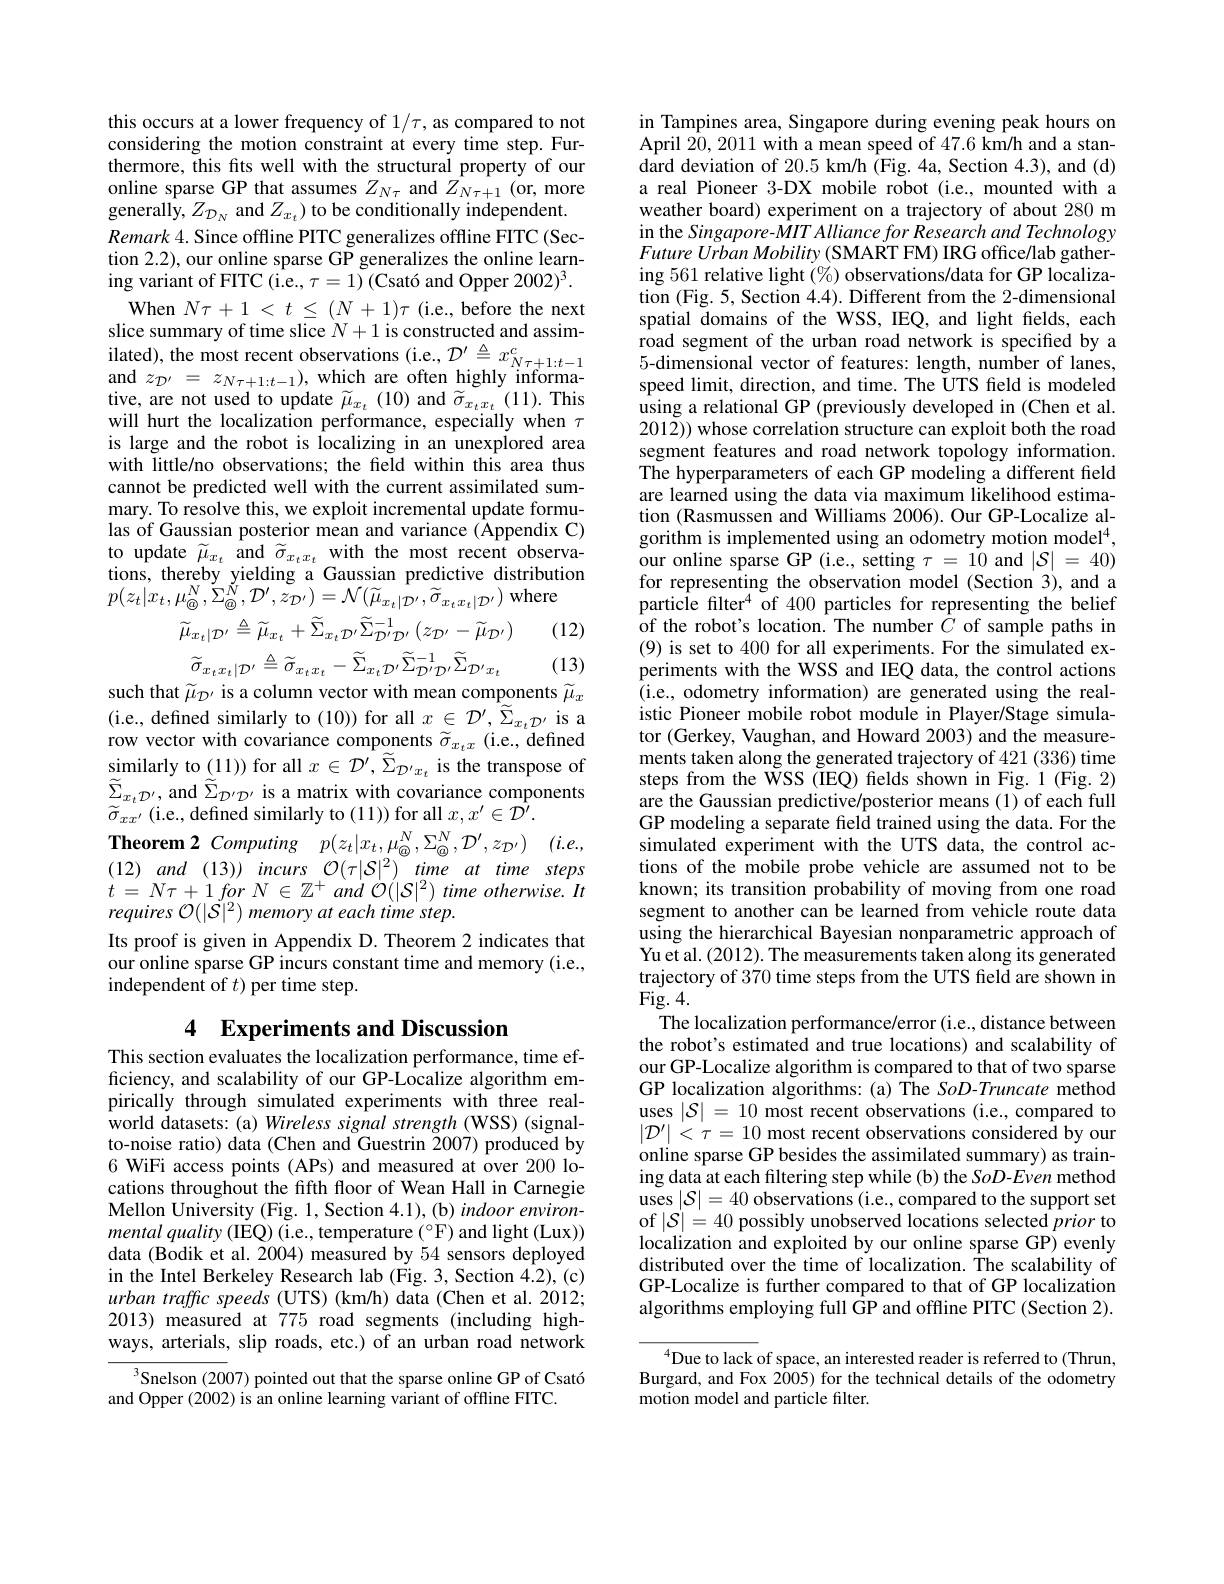
this occurs at a lower frequency of $1/\tau$, as compared to not considering the motion constraint at every time step. Furthermore, this fts well with the structural property of our online sparse GP that assumes $Z_{N\tau}$ and $Z_{N\tau+1}$ (or, more generally, $Z_{\mathcal{D}_N}$ and $Z_x_t)$ to be conditionally independent. $Remark~4.~$Since offline PITC generalizes offline FITC (Section 2.2), our online sparse GP generalizes the online learning variant of FITC (i.e., $\tau=1)(\text{Csat\'{o}andOpper2002)}^3.$
When $N\tau+1<t\leq(N+1)\tau$ (i.e., before the next slice summary of time slice $N+ 1$ is constructed and assim- ilated) , the most recent observations ( i. e. , $\mathcal{D} ^{\prime }\triangleq x_{N\tau + 1: t- 1}^{c}$ and $z_{{\mathcal{D} ^{\prime }}}= z_{N\tau + 1: t- 1}) $, which are often highly informative, are not used to update $\widetilde\mu_{x_{t}}(10)$ and $\widetilde\sigma_{x_{t}x_{t}}(11).$ This will hurt the localization performance, especially when $\tau$ is large and the robot is localizing in an unexplored area with little/no observations; the field within this area thus cannot be predicted well with the current assimilated summary. To resolve this, we exploit incremental update formulas of Gaussian posterior mean and variance (Appendix C) to update $\widetilde{\mu}_{x_{t}}$ and $\widetilde{\sigma}_{x_{t}x_{t}}$ with the most recent observations, thereby yielding a Gaussian predictive distribution
where
$$p(z_{t}|x_{t},\mu_{@}^{N},\Sigma_{@}^{N},D^{\prime},z_{D^{\prime}})=\mathcal{N}(\widetilde{\mu}_{x_{t}|\mathcal{D}^{\prime}},\widetilde{\sigma}_{x_{t}x_{t}|\mathcal{D}^{\prime}})$$
$$\widetilde{\mu}_{x_{t}|\mathcal{D}^{\prime}}\triangleq\widetilde{\mu}_{x_{t}}+\widetilde{\Sigma}_{x_{t}\mathcal{D}^{\prime}}\widetilde{\Sigma}_{\mathcal{D}^{\prime}\mathcal{D}^{\prime}}^{-1}\:(z_{\mathcal{D}^{\prime}}-\widetilde{\mu}_{\mathcal{D}^{\prime}})$$
(12)

(13)
$$\widetilde{\sigma}_{x_{t}x_{t}|\mathcal{D}'}\triangleq\widetilde{\sigma}_{x_{t}x_{t}}-\widetilde{\Sigma}_{x_{t}\mathcal{D}'}\widetilde{\Sigma}_{\mathcal{D}'\mathcal{D}'}^{-1}\widetilde{\Sigma}_{\mathcal{D}'x_{t}}$$
such that $\widetilde{\mu}_{\mathcal{D}^{\prime}}$ is a column vector with mean components $\widetilde{\mu}_x$ (i.e., defined similarly to (10)) for all $x\in\mathcal{D}^\prime,\widetilde{\Sigma}_{x_t\mathcal{D}^{\prime}}$ is a row vector with covariance components $\widetilde{\sigma}_{x_tx}$ (i.e., defined similarly to (11)) for all $x\in\mathcal{D}^\prime,\tilde{\Sigma}_{\mathcal{D}^{\prime}x_t}$ is the transpose of $\widetilde{\Sigma}_{x_{t}\mathcal{D}^{\prime}}$,and$\widetilde\tilde{\Sigma}_{\mathcal{D}^{\prime}\mathcal{D}^{\prime}}$ is a matrix with covariance components $\widetilde{\sigma}_{xx^{\prime}}^{-t}\left(\mathrm{i.e.,~defined~similarly~to~(11))~for~all~}x,x^{\prime}\in{\hat{\mathcal{D}}^{\prime}}.\right.$
Theorem 2 Computing $p( z_{t}| x_{t}, \mu _{\textcircled {\mathrm{@ } }}^{N}, \Sigma _{\textcircled {\mathrm{Q} }}^{N}, \mathcal{D} ^{\prime }, z_{\mathcal{D} ^{\prime }})$ $( i. e. $, (12) and (13)) incurs $\mathcal{O} ( \tau | \mathcal{S} | ^2)$ time $at$ time steps $t$ = $N\tau + 1$ for $N$ $\in$ $\mathbb{Z} ^{+ }$ and $\mathcal{O} ( | \mathcal{S} | ^{2})$ time $otherwise.$ $It$ requires O(|S|°) memory at each time step.
Its proof is given in Appendix D. Theorem 2 indicates that our online sparse GP incurs constant time and memory (i.e., independent of $t)$ per time step.

## 4 Experiments and Discussion

This section evaluates the localization performance, time efficiency, and scalability of our GP-Localize algorithm empirically through simulated experiments with three realworld datasets:(a) Wireless signal strength (WSS) (signalto-noise ratio) data (Chen and Guestrin 2007) produced by 6 WiFi access points (APs) and measured at over 200 locations throughout the fifth floor of Wean Hall in Carnegie Mellon University (Fig. 1, Section 4.1), (b) indoor environmental quality (IEQ) (i.e., temperature (°F) and light (Lux)) data (Bodik et al. 2004) measured by 54 sensors deployed in the Intel Berkeley Research lab (Fig. 3, Section 4.2), (c) urban traffic speeds (UTS) (km/h) data (Chen et al. 2012; 2013) measured at 775 road segments (including highways, arterials, slip roads, etc.) of an urban road network

$^{3}$Snelson (2007) pointed out that the sparse online GP of Csató
and Opper (2002) is an online learning variant of offline FITC.

in Tampines area, Singapore during evening peak hours on April 20,2011 with a mean speed of 47.6 km/h and a standard deviation of 20.5 km/h (Fig. 4a, Section 4.3), and (d) a real Pioneer 3-DX mobile robot (i.e., mounted with a weather board) experiment on a trajectory of about 280 m in the Singapore-MIT Alliance for Research and Technology Future Urban Mobility (SMART FM) IRG office/lab gathering 561 relative light $(\%)$ observations/data for GP localization (Fig. 5, Section 4.4). Different from the 2-dimensional spatial domains of the WSS, IEQ, and light fields, each road segment of the urban road network is specified by a 5-dimensional vector of features: length, number of lanes, speed limit, direction, and time. The UTS feld is modeled using a relational GP (previously developed in (Chen et al. $201\tilde{2}))$ whose correlation structure can exploit both the road segment features and road network topology information. The hyperparameters of each GP modeling a different field are learned using the data via maximum likelihood estimation (Rasmussen and Williams 2006). Our GP-Localize algorithm is implemented using an odometry motion model$^4$, our online sparse GP (i.e., setting $\tau=10$ and $|\mathcal{S}|=40)$ for representing the observation model (Section 3), and a particle filter$^4$ of 400 particles for representing the belief of the robot's location. The number $C$ of sample paths in (9) is set to 400 for all experiments. For the simulated experiments with the WSS and IEQ data, the control actions (i.e., odometry information) are generated using the realistic Pioneer mobile robot module in Player/Stage simulator (Gerkey, Vaughan, and Howard 2003) and the measurements taken along the generated trajectory of 421 (336) time steps from the WSS (IEQ) felds shown in Fig. 1 (Fig. 2) are the Gaussian predictive/posterior means (1) of each full GP modeling a separate field trained using the data. For the simulated experiment with the UTS data, the control actions of the mobile probe vehicle are assumed not to be known; its transition probability of moving from one road segment to another can be learned from vehicle route data using the hierarchical Bayesian nonparametric approach of Yu et al. (2012). The measurements taken along its generated trajectory of 370 time steps from the UTS feld are shown in $\operatorname{Fig.}4.$
The localization performance/error (i.e., distance between the robot's estimated and true locations) and scalability of our GP-Localize algorithm is compared to that of two sparse GP localization algorithms: (a) The SoD-Truncate method uses $|\mathcal{S}|=10$ most recent observations (i.e., compared to $|\mathcal{D}^{\prime}|<\tau=10$ most recent observations considered by our online sparse GP besides the assimilated summary) as training data at each filtering step while (b) the SoD-Even method uses $| \mathcal{S} | = 40$ observations (i.e., compared to the support set of $|\mathcal{S}|=40$ possibly unobserved locations selected prior to localization and exploited by our online sparse GP) evenly distributed over the time of localization. The scalability of GP-Localize is further compared to that of GP localization algorithms employing full GP and offline PTC (Section 2).
$^{4}$Due to lack of space, an interested reader is referred to (Thrun,

Burgard, and Fox 2005) for the technical details of the odometry
motion model and particle filter.